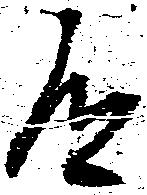
道